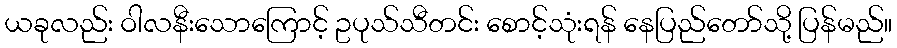
ယခုလည်း ဝါလနီးသောကြောင့် ဥပုသ်သီတင်း စောင့်သုံးရန် နေပြည်တော်သို့ ပြန်မည်။